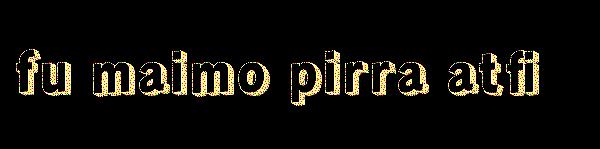
fu maimo pirra atfi